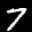
Label: 7